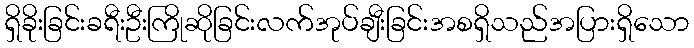
ရှိခိုးခြင်းခရီးဦးကြိုဆိုခြင်းလက်အုပ်ချီးခြင်းအစရှိသည်အပြားရှိသော